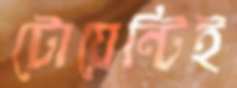
টোয়েন্টিই